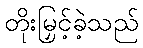
တိုးမြှင့်ခဲ့သည်